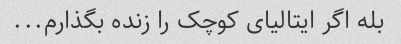
بله اگر ایتالیای کوچک را زنده بگذارم...